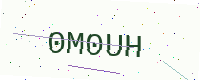
Text: 0M0UH